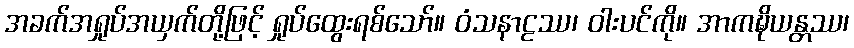
အခက်အရှုပ်အယှက်တို့ဖြင့် ရှုပ်ထွေးရစ်သော်။ ဝံသနာဠဿ၊ ဝါးပင်ကို။ အာကဍ္ဎိယန္တဿ၊